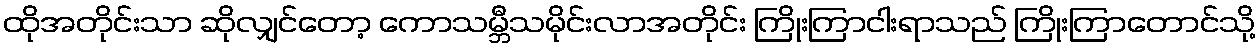
ထိုအတိုင်းသာ ဆိုလျှင်တော့ ကောသမ္ဘီသမိုင်းလာအတိုင်း ကြိုးကြာငါးရာသည် ကြိုးကြာတောင်သို့